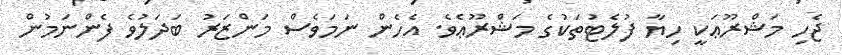
ޖެހި މަޝްރޫޢަކީ ހިޔާ ފުލެޓުތަކުގެ މަޝްރޫޢެވެ. އެހެން ނަމަވެސް މަންޒަރު ބަދަލުވެ ފެންނަމުން